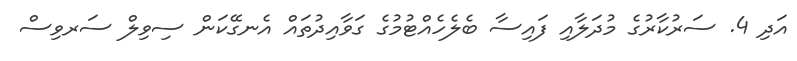
އަދި 4. ސަރުކާރުގެ މުދަލާއި ފައިސާ ބެލެހެއްޓުމުގެ ގަވާއިދުތައް އެނގޭކަން ސިވިލް ސަރވިސް